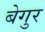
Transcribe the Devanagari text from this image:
बेगुर